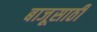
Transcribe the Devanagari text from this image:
बाजूसाठी